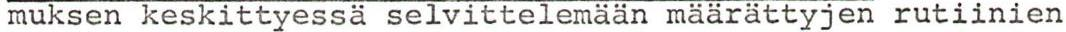
muksen keskittyessä selvittelemään määrättyjen rutiinien